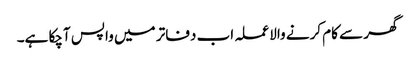
گھر سے کام کرنے والا عملہ اب دفاتر میں واپس آچکا ہے۔